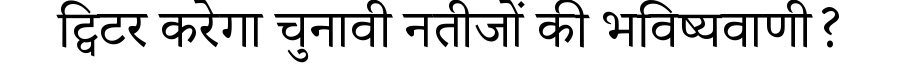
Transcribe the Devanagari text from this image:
ट्विटर करेगा चुनावी नतीजों की भविष्यवाणी?